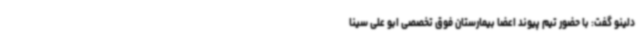
دلینو گفت: با حضور تیم پیوند اعضا بیمارستان فوق تخصصی ابو علی سینا